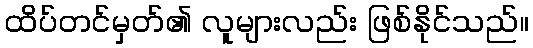
ထိပ်တင်မှတ်၏ လူများလည်း ဖြစ်နိုင်သည်။